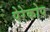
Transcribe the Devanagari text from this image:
पेरेकोप